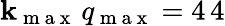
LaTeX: \mathbf{k}_{\mathrm{{~m~a~x~}}}\, q_{\mathrm{{~m~a~x~}}}=4\, 4